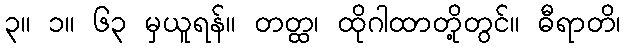
၃။ ၁။ ၆၃ မှယူရန်။ တတ္ထ၊ ထိုဂါထာတို့တွင်။ ဓီရာတိ၊